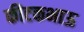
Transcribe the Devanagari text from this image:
कीटकभाऊ